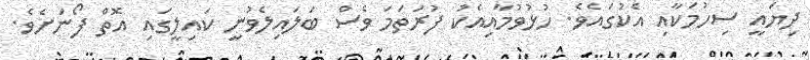
ދިޔައީ ސިހުމަކާއި އެކުގައެވެ. ހުޅުވުމާއިއެކު ފުރަތަމަ ވެސް ބަލައިލެވުނީ ކައިލީގައި އޮތް ފޯނަށެވެ.